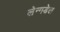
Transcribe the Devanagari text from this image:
लेन्गडेल